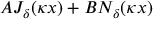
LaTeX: A J _ { \delta } ( \kappa x ) + B N _ { \delta } ( \kappa x )